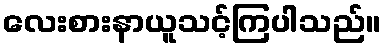
လေးစားနာယူသင့်ကြပါသည်။